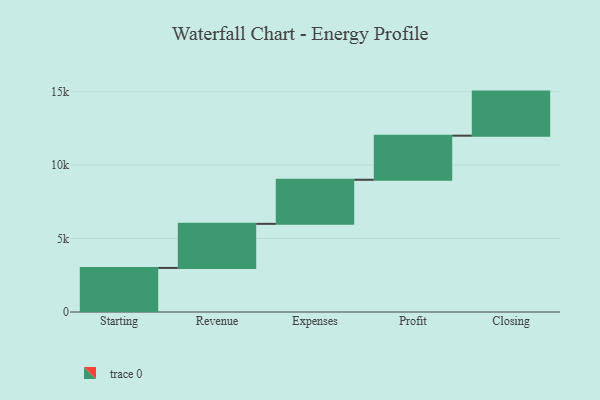
{"axis": {"x": "Step", "y": "Value"}, "legend": [""], "data": [{"x": "Starting", "y": 3000, "type": ""}, {"x": "Revenue", "y": 3000, "type": ""}, {"x": "Expenses", "y": 3000, "type": ""}, {"x": "Profit", "y": 3000, "type": ""}, {"x": "Closing", "y": 3000, "type": ""}]}